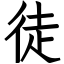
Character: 徒